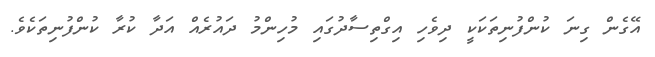
އޭގެން ގިނަ ކުންފުނިތަކަކީ ދިވެހި އިގްތިސާދުގައި މުހިންމު ދައުރެއް އަދާ ކުރާ ކުންފުނިތަކެވެ.